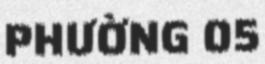
PHƯỜNG 05